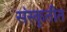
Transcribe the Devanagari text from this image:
संस्कॄतीत